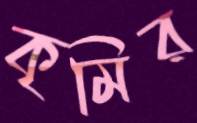
কৃমির